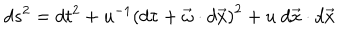
d s ^ { 2 } = d t ^ { 2 } + u ^ { - 1 } \left( d \tau + \vec { \omega } \cdot d \vec { x } \right) ^ { 2 } + u ~ d \vec { x } \cdot d \vec { x }